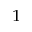
^ { 1 }